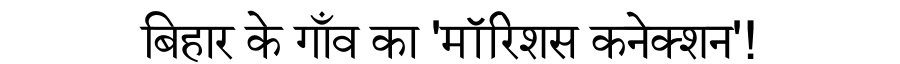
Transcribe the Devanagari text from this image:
बिहार के गाँव का 'मॉरिशस कनेक्शन'!